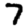
Digit: 7